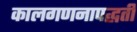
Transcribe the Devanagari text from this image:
कालगणनापद्धती